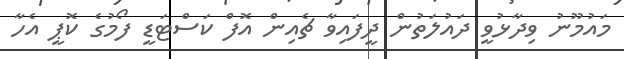
މައުމޫނު ވިދާޅުވީ ދައުލަތުން ދީފައިވާ ޗެއިން އޮފް ކަސްޓަޑީ ފޯމުގެ ކޮޕީ އެހާ